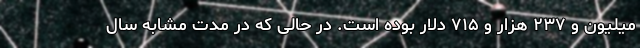
میلیون و ۲۳۷ هزار و ۷۱۵ دلار بوده است. در حالی که در مدت مشابه سال